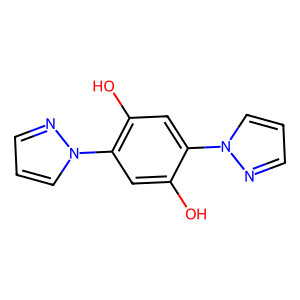
SMILES: Oc1cc(-n2cccn2)c(O)cc1-n1cccn1
Inhibits HIV replication: No